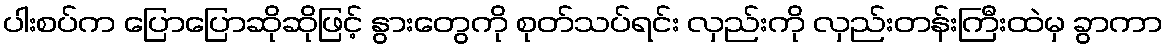
ပါးစပ်က ပြောပြောဆိုဆိုဖြင့် နွားတွေကို စုတ်သပ်ရင်း လှည်းကို လှည်းတန်းကြီးထဲမှ ခွာကာ